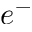
e ^ { - }